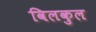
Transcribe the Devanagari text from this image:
विलकुल